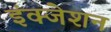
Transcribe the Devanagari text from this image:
इंक्जेशन